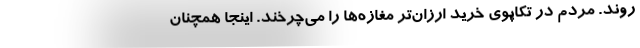
‌روند. مردم در تکاپوی خرید ارزان‌تر مغازه‌ها را می‌چرخند. اینجا همچنان